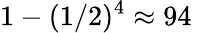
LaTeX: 1-(1/2)^{4}\approx 94\